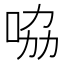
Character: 𠱿